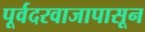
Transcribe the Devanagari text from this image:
पूर्वदरवाजापासून